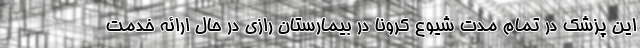
این پزشک در تمام مدت شیوع کرونا در بیمارستان رازی در حال ارائه خدمت